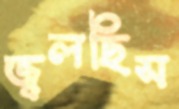
জ্বলছিস